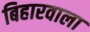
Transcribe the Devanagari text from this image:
बिहारवाला